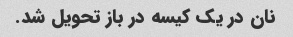
نان در یک کیسه در باز تحویل شد.